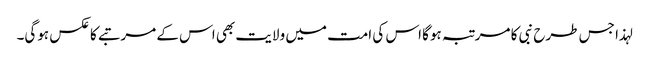
لہذا جس طرح نبی کا مرتبہ ہوگا اس کی امت میں ولایت بھی اس کے مرتبے کا عکس ہوگی۔